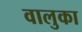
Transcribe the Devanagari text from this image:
वालुका